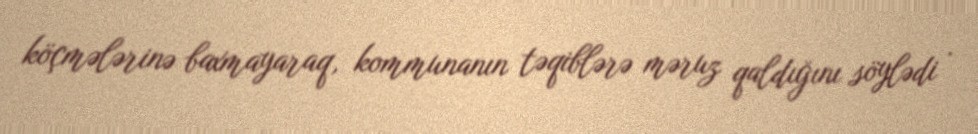
köçmələrinə baxmayaraq, kommunanın təqiblərə məruz qaldığını söylədi .